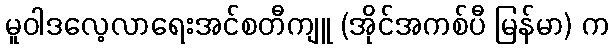
မူဝါဒလေ့လာရေးအင်စတီကျူ (အိုင်အကစ်ပီ မြန်မာ) က